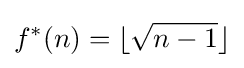
f^{*}(n)=\lfloor {\sqrt {n-1}}\rfloor